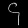
Digit: ၄